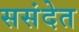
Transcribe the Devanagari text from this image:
ससंदेत